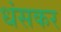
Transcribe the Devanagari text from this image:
धंसकर